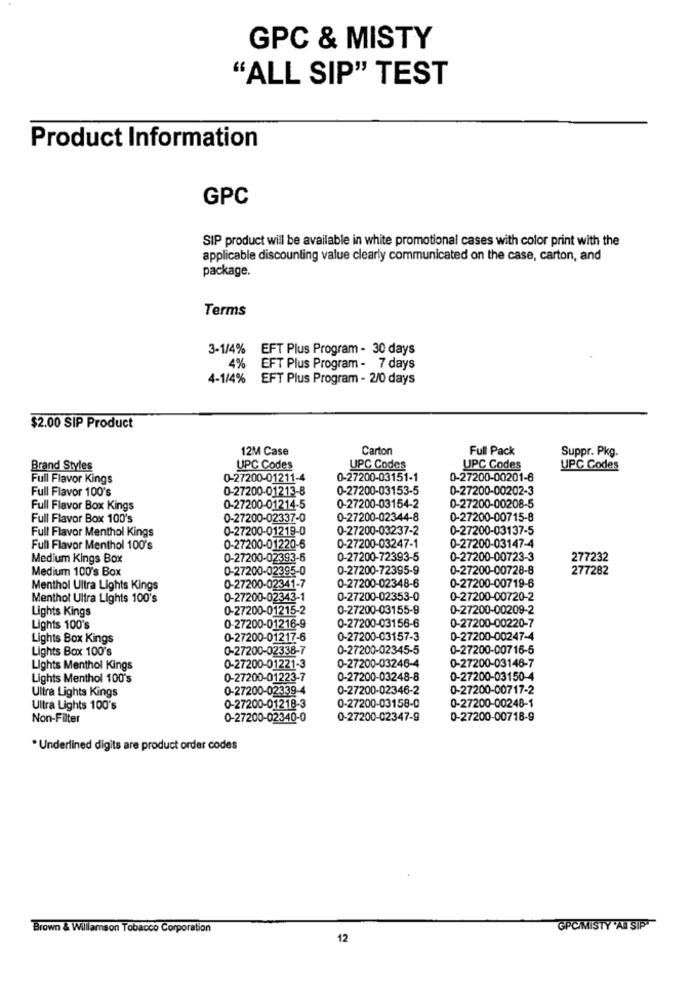
GPC & MISTY
"ALL SIP" TEST
Product Information
GPC
SIP product will be available in white promotional cases with color print with the
applicable discounting value clearly communicated on the case, carton, and
package.
Terms
3-1/4% EFT Plus Program - 30 days
4%
EFT Plus Program - 7 days
4-1/4% EFT Plus Program - 2/0 days
$2.00 SIP Product
12M Case
Carton
Full Pack
Suppr. Pkg.
Brand Styles
UPC Codes
UPC Codes
UPC Codes
UPC Codes
Full Flavor Kings
0-27200-01211-4
0-27200-03151-1
0-27200-00201-6
Full Flavor 100's
0-27200-01213-8
0-27200-03153-5
0-27200-00202-3
Full Flavor Box Kings
0-27200-01214-5
0-27200-03154-2
0-27200-00208-5
Full Flavor Box 100's
0-27200-02337-0
0-27200-02344-8
0-27200-00715-8
Full Flavor Menthol Kings
0-27200-01219-0
0-27200-03237-2
0-27200-03137-5
0-27200-03247-1
Full Flavor Menthol 100's
0-27200-01220-6
0-27200-03147-4
Medium Kings Box
0-27200-02393-6
0-27200-72393-5
0-27200-00723-3
277232
Medium 100's Box
0-27200-02395-0
0-27200-72395-9
0-27200-00728-8
277282
0-27200-02348-6
0-27200-00719-6
Menthol Ultra Lights Kings
0-27200-02341-7
Menthol Ultra Lights 100's
0-27200-02343-1
0-27200-02353-0
0-27200-00720-2
Lights Kings
0-27200-01215-2
0-27200-03155-9
0-27200-00209-2
0-27200-00220-7
Lights 100's
0-27200-01216-9
0-27200-03156-6
Lights Box Kings
0-27200-01217-6
0-27200-03157-3
0-27200-00247-4
Lights Box 100's
0-27200-02338-7
0-27200-02345-5
0-27200-00716-5
0-27200-03146-7
Lights Menthol Kings
0-27200-01221-3
0-27200-03246-4
Lights Menthol 100's
0-27200-01223-7
0-27200-03248-8
0-27200-03150-4
Ultra Lights Kings
0-27200-02339-4
0-27200-02346-2
0-27200-00717-2
Ultra Lights 100's
0-27200-01218-3
0-27200-03158-0
0-27200-00248-1
Non-Filter
0-27200-02340-0
0-27200-02347-9
0-27200-00718-9
* Underlined digits are product order codes
Brown & Williamson Tobacco Corporation
GPCIMISTY 'AN SIP
12